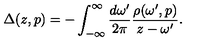
\Delta ( z , p ) = - \int _ { - \infty } ^ { \infty } \frac { d \omega ^ { \prime } } { 2 \pi } \frac { \rho ( \omega ^ { \prime } , p ) } { z - \omega ^ { \prime } } .